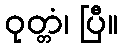
ဝုတ္တံ၊ ပြီ။